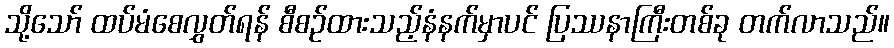
သို့သော် ထပ်မံစေလွှတ်ရန် စီစဉ်ထားသည့်နံနက်မှာပင် ပြဿနာကြီးတစ်ခု တက်လာသည်။